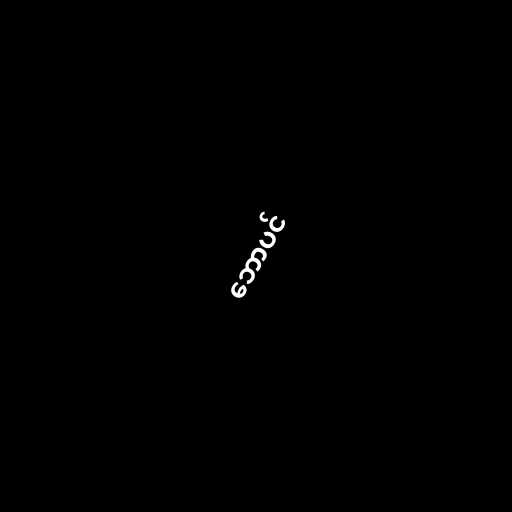
ဘောပင်